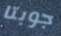
جوبتا